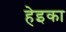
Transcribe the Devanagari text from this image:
हेइका